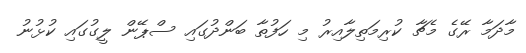
މާދަމާ ރޭގެ މެޗާ ކުރިމަތިލާއިރު މި ހަފުތާ ބަންދުގައި ސްޕޭން ލީގުގައި ކުޅުނު